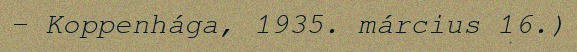
– Koppenhága, 1935. március 16.)